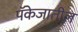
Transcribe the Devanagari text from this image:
पॅकेजातील